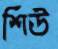
শিউ